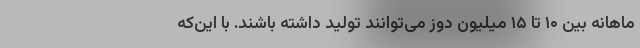
ماهانه بین ۱۰ تا ۱۵ میلیون دوز می‌توانند تولید داشته باشند. با این‌که